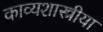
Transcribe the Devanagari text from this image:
काव्यशास्त्रीया